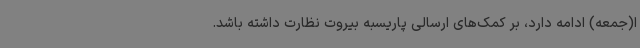
ا(جمعه) ادامه دارد، بر کمک‌های ارسالی پاریسبه بیروت نظارت داشته باشد.